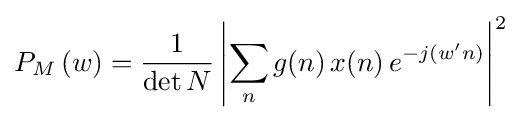
P_{M}\left(w\right)={\frac {1}{\det N}}\left|\sum _{n}g(n)\,x(n)\,e^{-j(w'n)}\right|^{2}